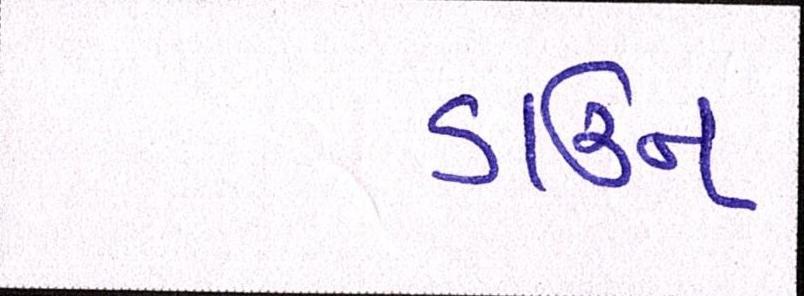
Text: ડાઉન